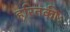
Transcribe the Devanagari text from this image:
हरितकीः